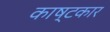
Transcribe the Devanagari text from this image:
काष्टकार